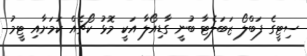
ސިޓީގެ ފަބްލޯ ޒަބަލެޓާ ބުނީ ގާޑިއޯލާ އަކީ މޮޅު ކޯޗެއް ކަމަށާއި ޓީމު